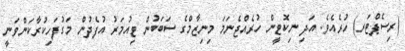
(ރިސެޕްޓަރ) ހުރެއެވެ. އަދި ނިކޮޓީން ހުރެއްޖެނަމަ މިނިޒާމްގެ ސަބަބުން ޓިއުމަރު އުފެދުން މަގުފަހިކުރާކަންވަނީ